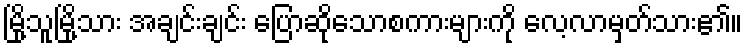
မြို့သူမြို့သား အချင်းချင်း ပြောဆိုသောစကားများကို လေ့လာမှတ်သား၏။